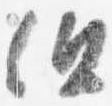
但